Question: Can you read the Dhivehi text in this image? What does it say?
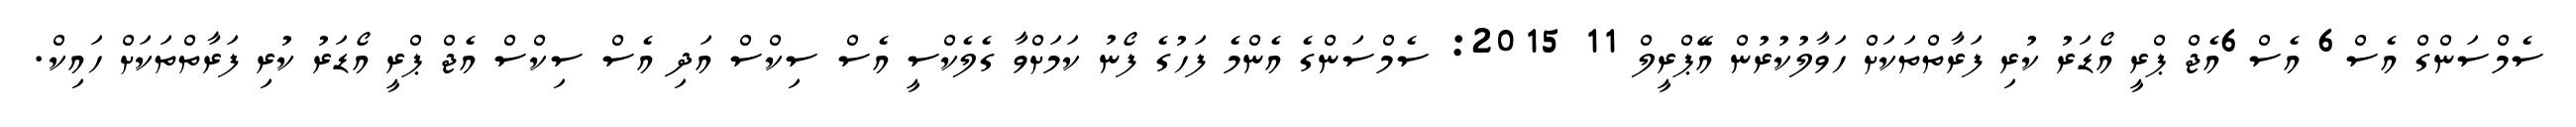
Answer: ސެމްސަންގް އެސް6 އެސް6އެޖް ޕްރީ އޯޑަރު ކުރި ފަރާތްތަކަށް ހަވާލުކުރުން އޭޕްރީލް 11 2015: ސެމްސަންގެ އެންމެ ފަހުގެ ފޯނު ކަމަށްވާ ގެލެކްސީ އެސް ސިކްސް އަދި އެސް ސިކްސް އެޖް ޕްރީ އޯޑަރު ކުރި ފަރާތްތަކަށް ހައިކް.